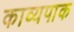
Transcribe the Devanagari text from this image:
काव्यपाक